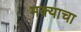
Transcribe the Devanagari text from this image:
मक्याचा